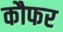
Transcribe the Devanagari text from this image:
कौफर